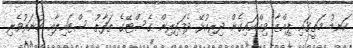
ކަނޑު މަތީގައި ޕިއްޒާ ވިއްކައިގެން ދިރިއުޅޭ ދެމަފިރިން ގެސްޓޭގެ ތަފާތު ސްޓައިލާއި ހުނަރުވެރި